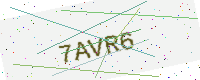
Text: 7AVR6